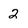
Character: 2